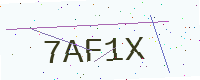
Text: 7AF1X